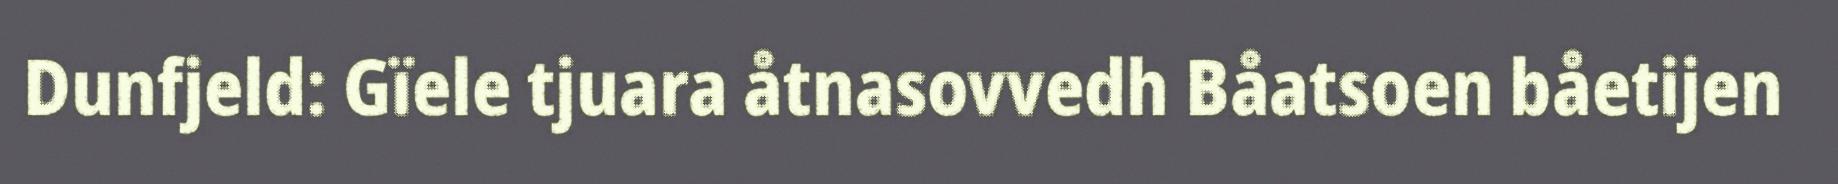
Dunfjeld: Gïele tjuara åtnasovvedh Båatsoen båetijen